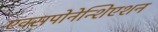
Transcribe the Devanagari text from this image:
एक्सपोनेन्शिएशन